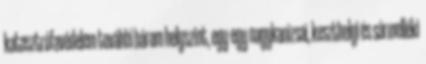
katasztrófavédelem további három helyszínt, egy-egy nagykanizsai, keszthelyi és sármelléki